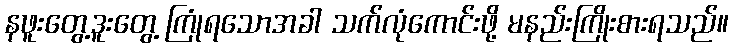
နဖူးတွေ့ဒူးတွေ့ ကြုံရသောအခါ သက်လုံကောင်းဖို့ မနည်းကြိုးစားရသည်။